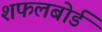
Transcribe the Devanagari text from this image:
शफलबोर्ड